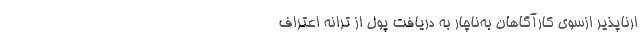
ار‌ناپذیر از‌سوی کارآگاهان به‌ناچار به دریافت پول از ترانه اعتراف